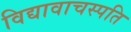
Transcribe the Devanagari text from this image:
विद्यावाचस्‍पति